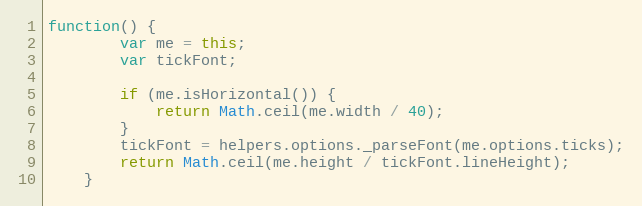
Language: JavaScript
function() {
		var me = this;
		var tickFont;

		if (me.isHorizontal()) {
			return Math.ceil(me.width / 40);
		}
		tickFont = helpers.options._parseFont(me.options.ticks);
		return Math.ceil(me.height / tickFont.lineHeight);
	}